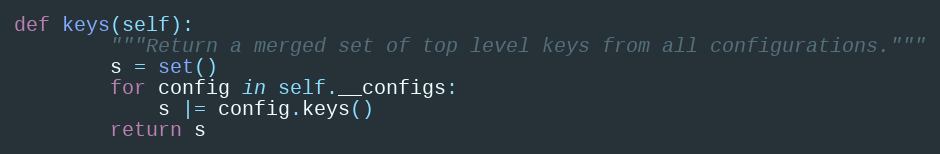
Language: Python
def keys(self):
        """Return a merged set of top level keys from all configurations."""
        s = set()
        for config in self.__configs:
            s |= config.keys()
        return s